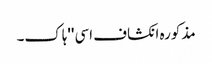
مذکورہ انکشاف اسی ''ہاک۔